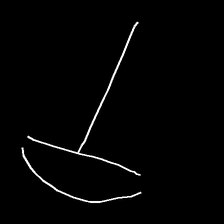
Glyph: dispersion